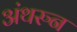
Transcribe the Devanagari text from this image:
अंथरुन